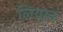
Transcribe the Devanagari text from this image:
लियान